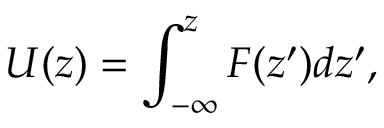
U ( z ) = \int _ { - \infty } ^ { z } F ( z ^ { \prime } ) d z ^ { \prime } ,